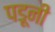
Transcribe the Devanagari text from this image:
पडूनी